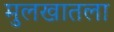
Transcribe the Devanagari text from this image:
मुलखातला